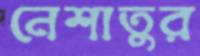
নেশাতুর